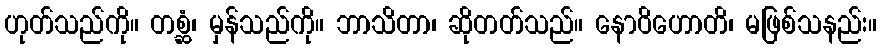
ဟုတ်သည်ကို။ တစ္ဆံ၊ မှန်သည်ကို။ ဘာသိတာ၊ ဆိုတတ်သည်။ နောဝိဟောတိ၊ မဖြစ်သနည်း။